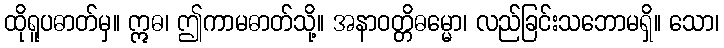
ထိုရူပဓာတ်မှ။ ဣဓ၊ ဤကာမဓာတ်သို့။ အနာဝတ္တိဓမ္မော၊ လည်ခြင်းသဘောမရှိ။ သော၊